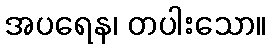
အပရေန၊ တပါးသော။